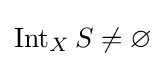
\operatorname {Int} _{X}S\neq \varnothing